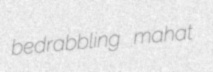
bedrabbling mahat